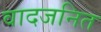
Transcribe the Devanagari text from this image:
वादजनित